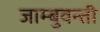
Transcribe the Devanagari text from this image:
जाम्बुवन्ती